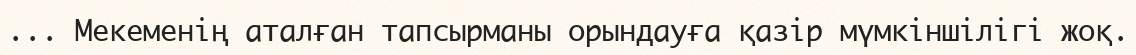
... Мекеменің аталған тапсырманы орындауға қазір мүмкіншілігі жоқ.